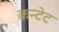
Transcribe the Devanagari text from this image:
कन्टेट